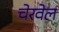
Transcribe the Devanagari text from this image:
चेरवेल